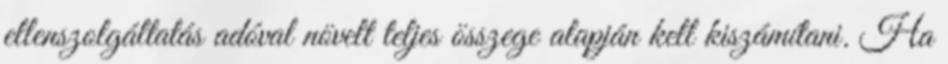
ellenszolgáltatás adóval növelt teljes összege alapján kell kiszámítani. Ha